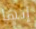
إنها